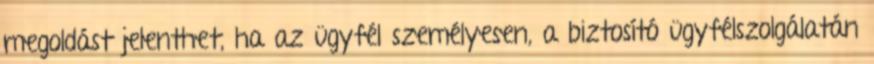
megoldást jelenthet, ha az ügyfél személyesen, a biztosító ügyfélszolgálatán